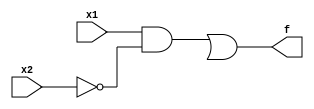
//
// Verilog HDL code for a two-way light controller
//
module LightControl (x1, x2, f);
	input	x1, x2;
	output	f;
	
	wire	wN1_out, wN2_out, wA1_out, wA2_out;
	
	not	N1 (wN1_out, x1);
	not	N2 (wN2_out, x2);
	and	A1 (wA1_out, x1, wN2_out);
	and	A2 (wA2_out, wN1_out, x2);
	or		O1 (f, wA1_out, wa2_out);
	
endmodule